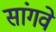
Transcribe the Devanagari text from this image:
सांगवे